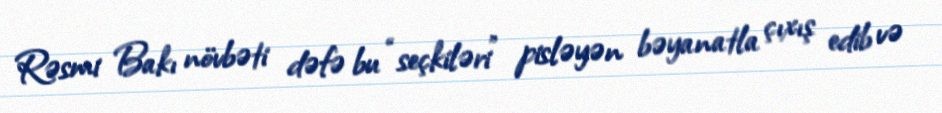
Rəsmi Bakı növbəti dəfə bu “seçkiləri” pisləyən bəyanatla çıxış edib və